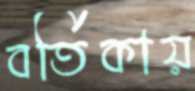
বর্তিকায়